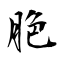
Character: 脃